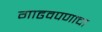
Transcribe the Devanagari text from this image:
गाढवपणाचा